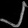
Digit: ၂